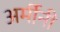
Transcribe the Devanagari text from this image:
अर्मीनी